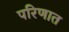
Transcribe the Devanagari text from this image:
परिणात